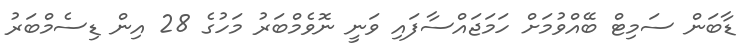
ޑާބަން ސަމިޓް ބޭއްވުމަށް ހަމަޖައްސާފައި ވަނީ ނޮވެމްބަރު މަހުގެ 28 އިން ޑިސެމްބަރު